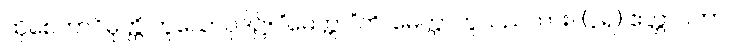
ထိုစေတာဝိမုတ္တိ ဟူသောပုဒ်၌။ “မေတ္တာ”တိ၊ မေတ္တာဟူသည်ကား။ (၃ရ) ဧတ္တာဝတာ၊